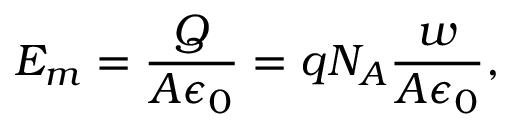
E _ { m } = { \frac { Q } { A \epsilon _ { 0 } } } = q N _ { A } { \frac { w } { A \epsilon _ { 0 } } } ,